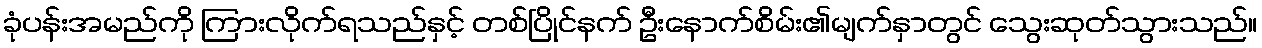
ခုံပန်းအမည်ကို ကြားလိုက်ရသည်နှင့် တစ်ပြိုင်နက် ဦးနောက်စိမ်း၏မျက်နှာတွင် သွေးဆုတ်သွားသည်။